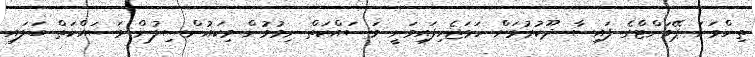
ތިންވަނަ ޕޭމަންޓްގެ ފައިސާ ދޫކުރުމަށް ހަމަޖެހިފައިވަނީ މަސައްކަތް ނިމުމުން މިކައުންސިލުން މަސައްކަތް ބަލައި